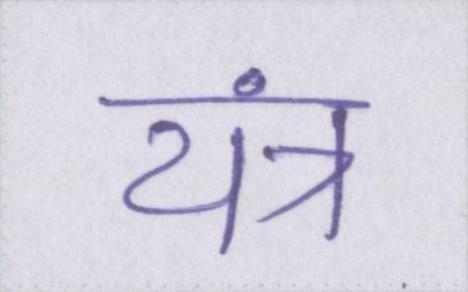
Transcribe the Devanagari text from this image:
यंत्र